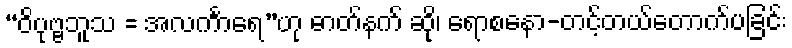
“ဝိပုဗ္ဗဘူသ = အလင်္ကာရေ”ဟု ဓာတ်နက် ဆို၊ ရောစနော-တင့်တယ်တောက်ပခြင်း